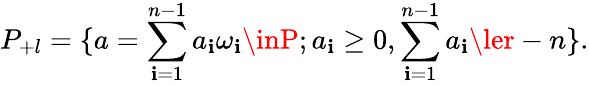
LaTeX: P_{+l}=\{ a=\sum_{\mathbf{i}=1}^{n-1}a_{\mathbf{i}}\omega_{\mathbf{i}}\inP;a_{\mathbf{i}}\ge0,\sum_{\mathbf{i}=1}^{n-1}a_{\mathbf{i}}\ler-n\} .